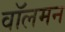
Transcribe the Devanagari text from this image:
वॉलमन